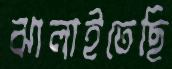
ঝালাইতেছি